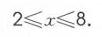
\(2\leqslant x\leqslant8\)